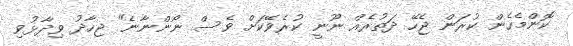
ކޮންމެހެން ކުރަން ޖެހޭ ދަތުރެއް ނޫނީ ކުރެވޭކަށް ވެސް ނޯންނާނެ" ޖިހާދު ވިދާޅުވި